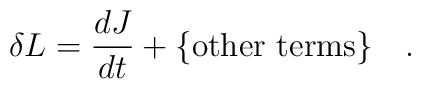
\delta L = \frac{dJ}{dt} + \mbox{\{other terms\}} \quad.